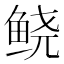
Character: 𲍑